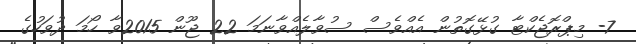
7- މިޕްރޮޖެކްޓާ ގުޅޭގޮތުން އެއްވެސް ސުވާލެއްވާނަމަ 22 ޖޫން 2015ވާ ހޯމަ ދުވަހުގެ